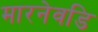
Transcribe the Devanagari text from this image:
मारनेवडि